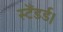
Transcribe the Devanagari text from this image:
स्टैंडर्ड।